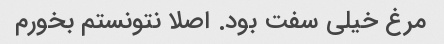
مرغ خیلی سفت بود. اصلا نتونستم بخورم